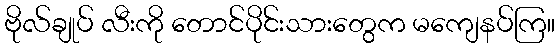
ဗိုလ်ချုပ် လီးကို တောင်ပိုင်းသားတွေက မကျေနပ်ကြ။